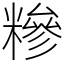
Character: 糝